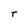
Character: r